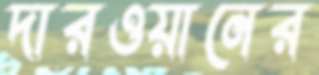
দারওয়ানের